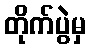
တိုက်ပွဲမှ